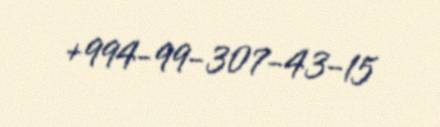
+994-99-307-43-15